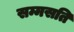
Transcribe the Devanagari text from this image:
सम्मसति